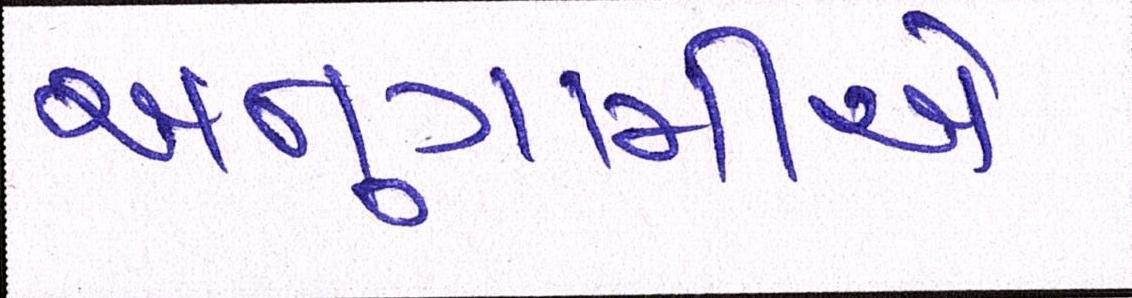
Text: અનુગામીએ